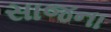
સાજના